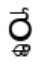
ర్త్డే